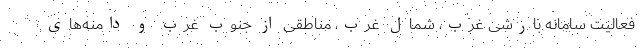
فعالیت سامانه بارشی غرب، شمال غرب، مناطقی از جنوب غرب و دامنه‌های